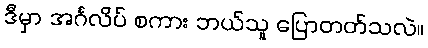
ဒီမှာ အင်္ဂလိပ် စကား ဘယ်သူ ပြောတတ်သလဲ။